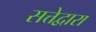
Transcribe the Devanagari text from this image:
सत्तेद्वारा